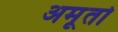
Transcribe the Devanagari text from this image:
अमूर्तो